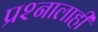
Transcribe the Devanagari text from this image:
प्रश्नालाही